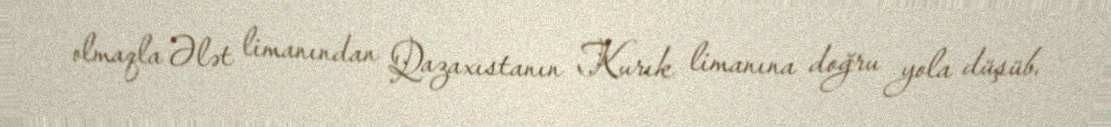
olmaqla Ələt limanından Qazaxıstanın Kurık limanına doğru yola düşüb.